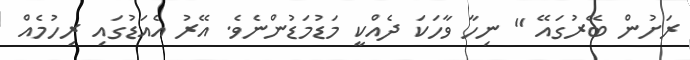
ރަށުން ބޭރުގައޭ " ނިހާ ވާހަކަ ދެއްކީ މަޑުމަޑުންނެވެ. އޭރު އެއަޑުގައި ރިހުމެއް